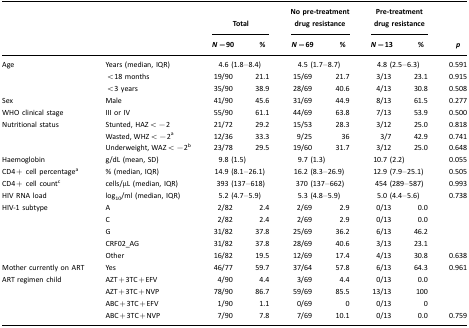
<table><thead><tr><td></td><td></td><td colspan="2"><b>Total</b></td><td colspan="2"><b>No pre-treatment drug resistance</b></td><td colspan="2"><b>Pre-treatment drug resistance</b></td><td></td></tr><tr><td></td><td></td><td><b><i>N</i>=90</b></td><td><b>%</b></td><td><b><i>N</i>=69</b></td><td><b>%</b></td><td><b><i>N</i>=13</b></td><td><b>%</b></td><td><b><i>p</i></b></td></tr></thead><tbody><tr><td>Age</td><td>Years (median, IQR)</td><td colspan="2">4.6 (1.8–8.4)</td><td colspan="2">4.5 (1.7–8.7)</td><td colspan="2">4.8 (2.5–6.3)</td><td>0.591</td></tr><tr><td></td><td>&lt;18 months</td><td>19/90</td><td>21.1</td><td>15/69</td><td>21.7</td><td>3/13</td><td>23.1</td><td>0.915</td></tr><tr><td></td><td>&lt;3 years</td><td>35/90</td><td>38.9</td><td>28/69</td><td>40.6</td><td>4/13</td><td>30.8</td><td>0.508</td></tr><tr><td>Sex</td><td>Male</td><td>41/90</td><td>45.6</td><td>31/69</td><td>44.9</td><td>8/13</td><td>61.5</td><td>0.277</td></tr><tr><td>WHO clinical stage</td><td>III or IV</td><td>55/90</td><td>61.1</td><td>44/69</td><td>63.8</td><td>7/13</td><td>53.9</td><td>0.500</td></tr><tr><td>Nutritional status</td><td>Stunted, HAZ&lt;−2</td><td>21/72</td><td>29.2</td><td>15/53</td><td>28.3</td><td>3/12</td><td>25.0</td><td>0.818</td></tr><tr><td></td><td>Wasted, WHZ&lt;−2a</td><td>12/36</td><td>33.3</td><td>9/25</td><td>36</td><td>3/7</td><td>42.9</td><td>0.741</td></tr><tr><td></td><td>Underweight, WAZ&lt;−2b</td><td>23/78</td><td>29.5</td><td>19/60</td><td>31.7</td><td>3/12</td><td>25.0</td><td>0.648</td></tr><tr><td>Haemoglobin</td><td>g/dL (mean, SD)</td><td colspan="2">9.8 (1.5)</td><td colspan="2">9.7 (1.3)</td><td colspan="2">10.7 (2.2)</td><td>0.055</td></tr><tr><td>CD4+ cell percentagea</td><td>% (median, IQR)</td><td colspan="2">14.9 (8.1–26.1)</td><td colspan="2">16.2 (8.3–26.9)</td><td colspan="2">12.9 (7.9–25.1)</td><td>0.505</td></tr><tr><td>CD4+ cell countc</td><td>cells/μL (median, IQR)</td><td colspan="2">393 (137–618)</td><td colspan="2">370 (137–662)</td><td colspan="2">454 (289–587)</td><td>0.993</td></tr><tr><td>HIV RNA load</td><td>log<sub>10</sub>/ml (median, IQR)</td><td colspan="2">5.2 (4.7–5.9)</td><td colspan="2">5.3 (4.8–5.9)</td><td colspan="2">5.0 (4.4–5.6)</td><td>0.738</td></tr><tr><td>HIV-1 subtype</td><td>A</td><td>2/82</td><td>2.4</td><td>2/69</td><td>2.9</td><td>0/13</td><td>0.0</td><td></td></tr><tr><td></td><td>C</td><td>2/82</td><td>2.4</td><td>2/69</td><td>2.9</td><td>0/13</td><td>0.0</td><td></td></tr><tr><td></td><td>G</td><td>31/82</td><td>37.8</td><td>25/69</td><td>36.2</td><td>6/13</td><td>46.2</td><td></td></tr><tr><td></td><td>CRF02_AG</td><td>31/82</td><td>37.8</td><td>28/69</td><td>40.6</td><td>3/13</td><td>23.1</td><td></td></tr><tr><td></td><td>Other</td><td>16/82</td><td>19.5</td><td>12/69</td><td>17.4</td><td>4/13</td><td>30.8</td><td>0.638</td></tr><tr><td>Mother currently on ART</td><td>Yes</td><td>46/77</td><td>59.7</td><td>37/64</td><td>57.8</td><td>6/13</td><td>64.3</td><td>0.961</td></tr><tr><td>ART regimen child</td><td>AZT+3TC+EFV</td><td>4/90</td><td>4.4</td><td>3/69</td><td>4.4</td><td>0/13</td><td>0.0</td><td></td></tr><tr><td></td><td>AZT+3TC+NVP</td><td>78/90</td><td>86.7</td><td>59/69</td><td>85.5</td><td>13/13</td><td>100</td><td></td></tr><tr><td></td><td>ABC+3TC+EFV</td><td>1/90</td><td>1.1</td><td>0/69</td><td>0</td><td>0/13</td><td>0</td><td></td></tr><tr><td></td><td>ABC+3TC+NVP</td><td>7/90</td><td>7.8</td><td>7/69</td><td>10.1</td><td>0/13</td><td>0.0</td><td>0.759</td></tr></tbody></table>